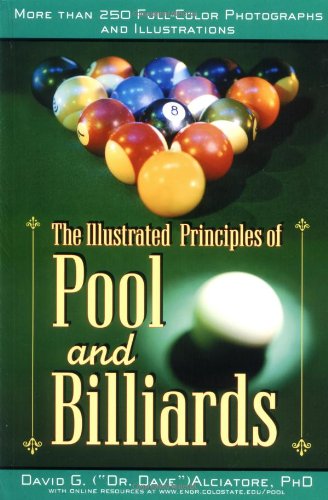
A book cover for The Illustrated Principles of Pool and Billiards; David G. Alciatore; Sports & Outdoors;